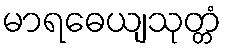
မာရဓေယျသုတ္တံ